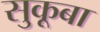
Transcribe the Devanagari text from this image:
सुकूबा